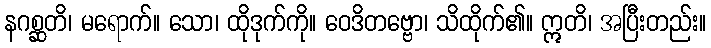
နဂစ္ဆတိ၊ မရောက်။ သော၊ ထိုဒုက်ကို။ ဝေဒိတဗ္ဗော၊ သိထိုက်၏။ ဣတိ၊ အပြီးတည်း။